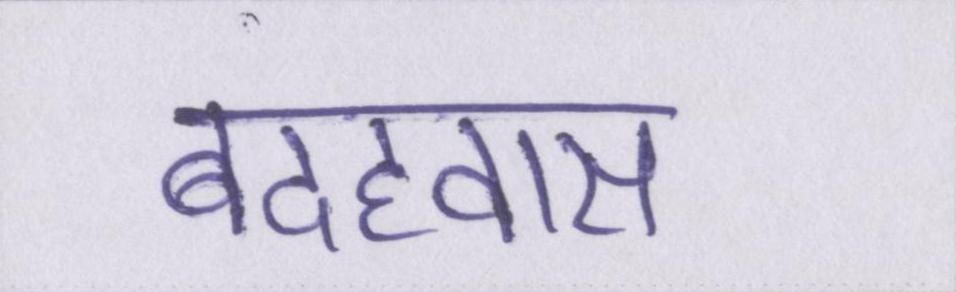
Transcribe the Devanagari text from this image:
बदहवास